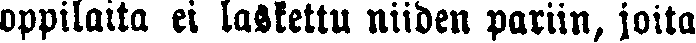
oppilaita ei laitettu niiden pariin, joita